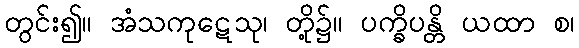
တွင်း၍။ အံသကုဋေသု၊ တို့၌။ ပက္ခိပန္တိ ယထာ စ၊